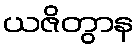
ယဇိတွာန